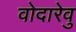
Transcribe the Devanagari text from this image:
वोदारेवु